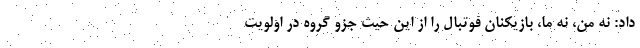
داد: نه من، نه ما، بازیکنان فوتبال را از این حیث جزو گروه در اولویت